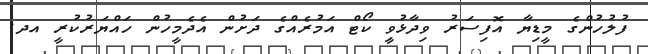
ފުލުހުންގެ މީޑިޔާ އޮފިސަރު ވިދާޅުވިީ ކޯޓް އަމުރެއްގެ ދަށުން އެދެމީހުން ހައްޔަރުކުރީ އދ.